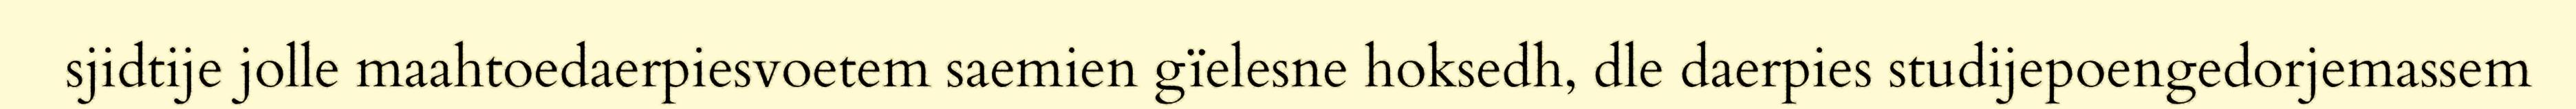
sjidtije jolle maahtoedaerpiesvoetem saemien gïelesne hoksedh, dle daerpies studijepoengedorjemassem